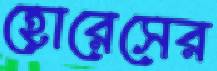
হোরেসের